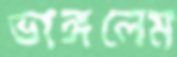
ভাঙ্গলেম